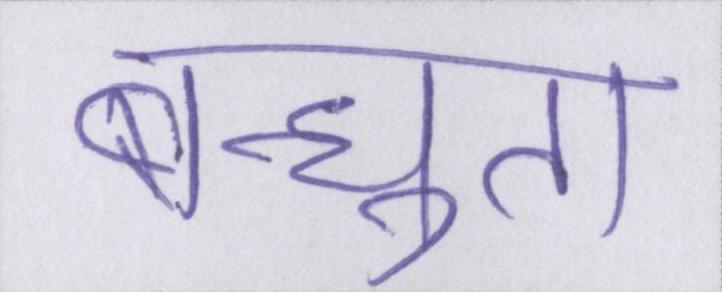
बन्धुता